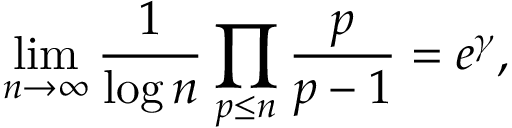
\operatorname* { l i m } _ { n \to \infty } { \frac { 1 } { \log n } } \prod _ { p \leq n } { \frac { p } { p - 1 } } = e ^ { \gamma } ,